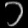
Digit: ၁